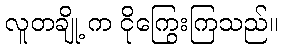
လူတချို့ က ငိုကြွေးကြသည်။